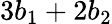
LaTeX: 3b_{1}+2b_{2}